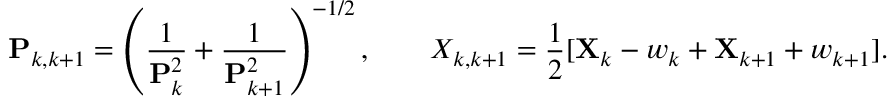
\mathbf { P } _ { k , k + 1 } = \left( \frac { 1 } { \mathbf { P } _ { k } ^ { 2 } } + \frac { 1 } { \mathbf { P } _ { k + 1 } ^ { 2 } } \right) ^ { - 1 / 2 } , \qquad X _ { k , k + 1 } = \frac { 1 } { 2 } [ \mathbf { X } _ { k } - w _ { k } + \mathbf { X } _ { k + 1 } + w _ { k + 1 } ] .